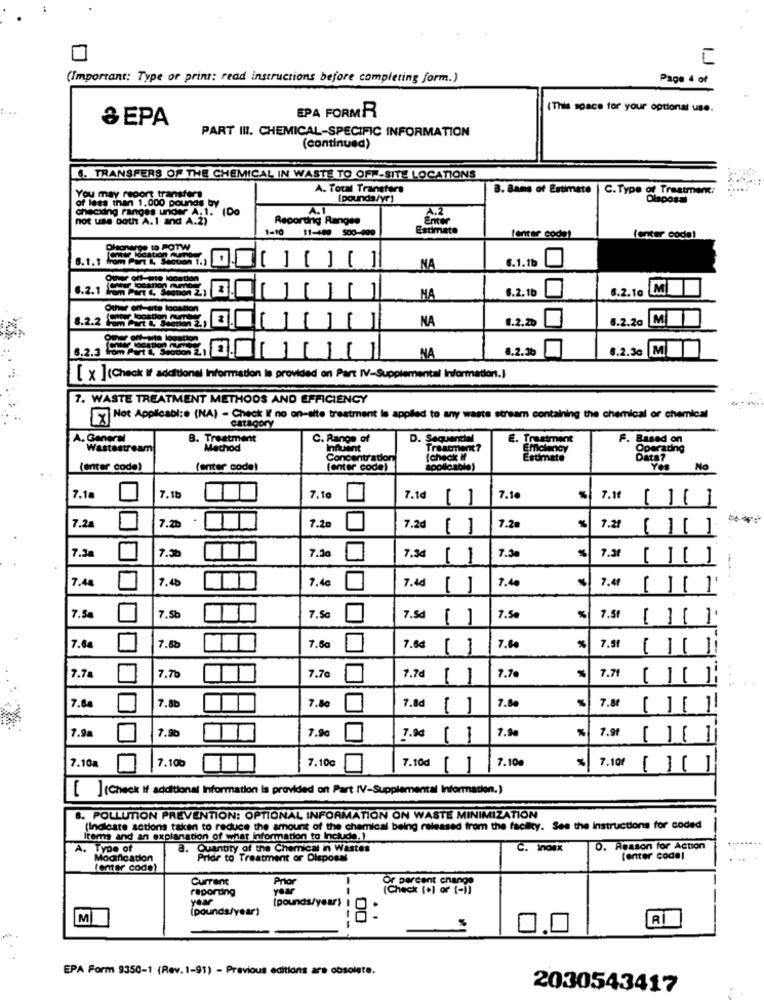
(Important: Type or print: read instructions before completing form.)
Page 4 of
EPA FORMR
(This space for your optional use.
& EPA
PART III. CHEMICAL-SPECIFIC INFORMATION
(continued)
6. TRANSFERS OF THE CHEMICAL IN WASTE TO OFF-SITE LOCATIONS
A. Total Transters
3. Bams of Estimate
C. Type of Treatment:
of less than 1,000 pounds by
You may report transfers
{pounds/yr)
1Do
A.1
A.2
checidng ranges under A.1.
not use both A.1 and A.2)"
Reporting Ranges
Enter
1-10 11-400 500-009
Estimate
tenter code!
(enter code)
HOLA90 10 POTW
6.1.1b
NA
6.2.1
6.2. 1b
6.2.10 Ml
MA
8.2.2 51, E.
NA
6.2.20
6.2.2ª
M
8.2.30
6.2.3G
NA
[ x ](Check If additional Information is provided on Part IV-Supplemental Information.]
7. WASTE TREATMENT METHODS AND EFFICIENCY
[x] Not Applicable (NA) - Check if no on-site treatment is applied to any waste stream containing the chemical or chemical
catagory
B. Treatment
C. Range of
D. Sequential
E. Trustm
Based on
Wastestream
"Machod
Influent
Treatment?
Efficiency
Operating
Concentration
stimate
Data7
(enter code)
fenter code)
(enter code)
Yes
Na
7.18
7.18
7. 10
7.1d
7.1
7.11
7.2a
7.2b
7.20
7.2d
7.21
7.3a
7.1g
7.30
7.36
7.50
7.34
7.4
7.46
7.40
7.4d
7.40
7.4f
7.50
7.5₺
7.50
7.5d
7.5
7.51
7.60
7.88
7.5g
7.6₫
1
7.8
7.51
7.7b
7.7a
7.7c
7.7d
1
7.7€
7.71
7.8b
7.80
7.60
7.80
7.8d
1
7.8
7.9a
7.9%
7.9€
%
7.9
7.90
7.9d
7.100
7.10€
7.10d
7.10%
7.10f
7.10a
1
[ ](Check If additional Information is provided on Part IV-Supplemental Information.)
8. POLLUTION PREVENTION: OPTIONAL INFORMATION ON WASTE MINIMIZATION
(Indicate actions taken to reduce the amount of the chemical being released from the facility. See the Instructions for coded
Items and an explanation of what information to Include. )
A. Type of
a. Quantity of the Chemical in Wastes
C. inosx
D. Reason for Action
Modification
Pride to Treatment or Disposal
[enter code)
(enter code)
Current
Prior
change
reporting
yea
( Check 1+1 or 1-1)
year
(pounds/year)
(pounds/year)
M
RI
EPA Form 9350-1 (Rev.1-91) - Previous editions are obsolete.
2030543417